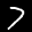
Label: 7